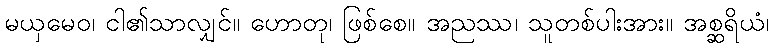
မယှမေဝ၊ ငါ၏သာလျှင်။ ဟောတု၊ ဖြစ်စေ။ အညဿ၊ သူတစ်ပါးအား။ အစ္ဆရိယံ၊